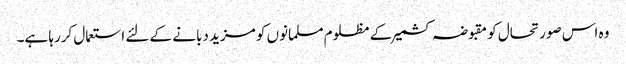
وہ اس صورتحال کو مقبوضہ کشمیر کے مظلوم مسلمانوں کو مزید دبانے کے لئے استعمال کررہا ہے۔